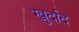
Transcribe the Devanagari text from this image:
खुर्दाद